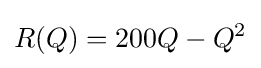
R(Q)=200Q-Q^{2}